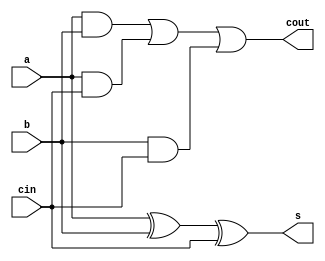
/*
	somadorCompleto.v
	
	Somador completo feito usando assign
	
*/

module somadorCompleto(a,b,cin,s,cout);

	input a,b,cin;
	output s,cout;
	
	//Abordagem por fluxo de dados - j irei relacionar as sadas diretamente com as entradas sem wires
	
	assign s = a ^ b ^ cin;
	assign cout = a&b | a&cin | b&cin; //lembre que a precedncia  NOT>AND>OR

endmodule